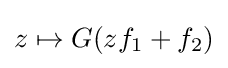
z\mapsto G(zf_{1}+f_{2})